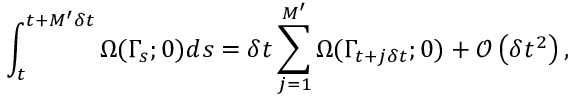
\int _ { t } ^ { t + M ^ { \prime } \delta t } \Omega ( \Gamma _ { s } ; 0 ) d s = \delta t \sum _ { j = 1 } ^ { M ^ { \prime } } \Omega ( \Gamma _ { t + j \delta t } ; 0 ) + \mathcal { O } \left( \delta t ^ { 2 } \right) ,